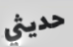
حديثي